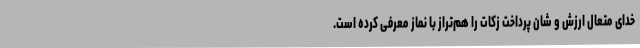
خدای متعال ارزش و شان پرداخت زکات را هم‌تراز با نماز معرفی کرده است.